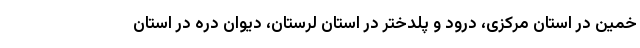
خمین در استان مرکزی، درود و پلدختر در استان لرستان، دیوان دره در استان